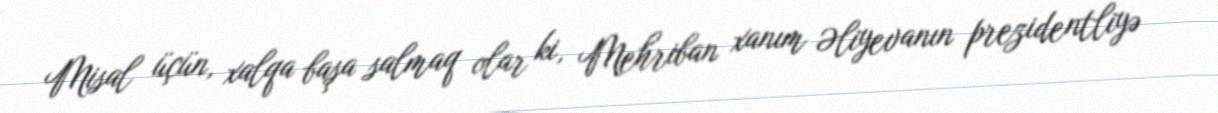
Misal üçün, xalqa başa salmaq olar ki, Mehriban xanım Əliyevanın prezidentliyə